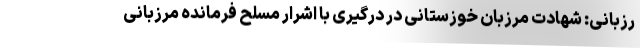
رزبانی: شهادت مرزبان خوزستانی در درگیری با اشرار مسلح فرمانده مرزبانی